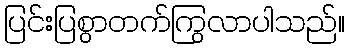
ပြင်းပြစွာတက်ကြွလာပါသည်။